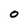
Character: O